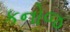
કનોજ